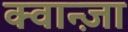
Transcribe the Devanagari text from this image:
क्वान्ज़ा